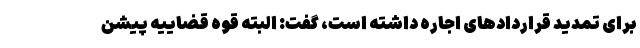
برای تمدید قراردادهای اجاره داشته است، گفت: البته قوه قضاییه پیشن